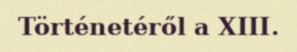
Történetéről a XIII.